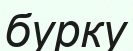
бурку